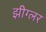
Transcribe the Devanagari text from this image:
झीग्लर